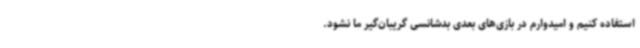
استفاده کنیم و امیدوارم در بازی‌های بعدی بدشانسی گریبان‌گیر ما نشود.